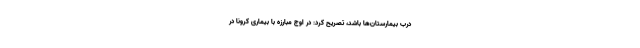
درب بیمارستان‌ها باشد، تصریح کرد: در اوج مبارزه با بیماری کرونا در